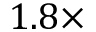
1 . 8 \times